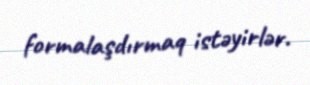
formalaşdırmaq istəyirlər.